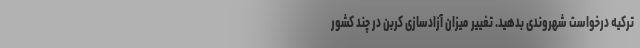
ترکیه درخواست شهروندی بدهید. تغییر میزان آزادسازی کربن در چند کشور